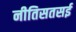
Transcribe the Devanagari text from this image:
नीतिसतसई